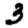
Digit: 3